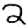
Digit: 2